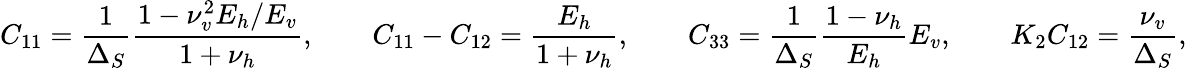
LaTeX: C_{11}=\frac{1}{\Delta_{S}}\frac{1-\nu_{v}^{2}E_{h}/E_{v}}{1+\nu_{h}},\qquad C_{11}-C_{12}=\frac{E_{h}}{1+\nu_{h}},\qquad C_{33}=\frac{1}{\Delta_{S}}\frac{1-\nu_{h}}{E_{h}}E_{v},\qquad K_{2}C_{12}=\frac{\nu_{v}}{\Delta_{S}},